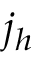
j _ { h }